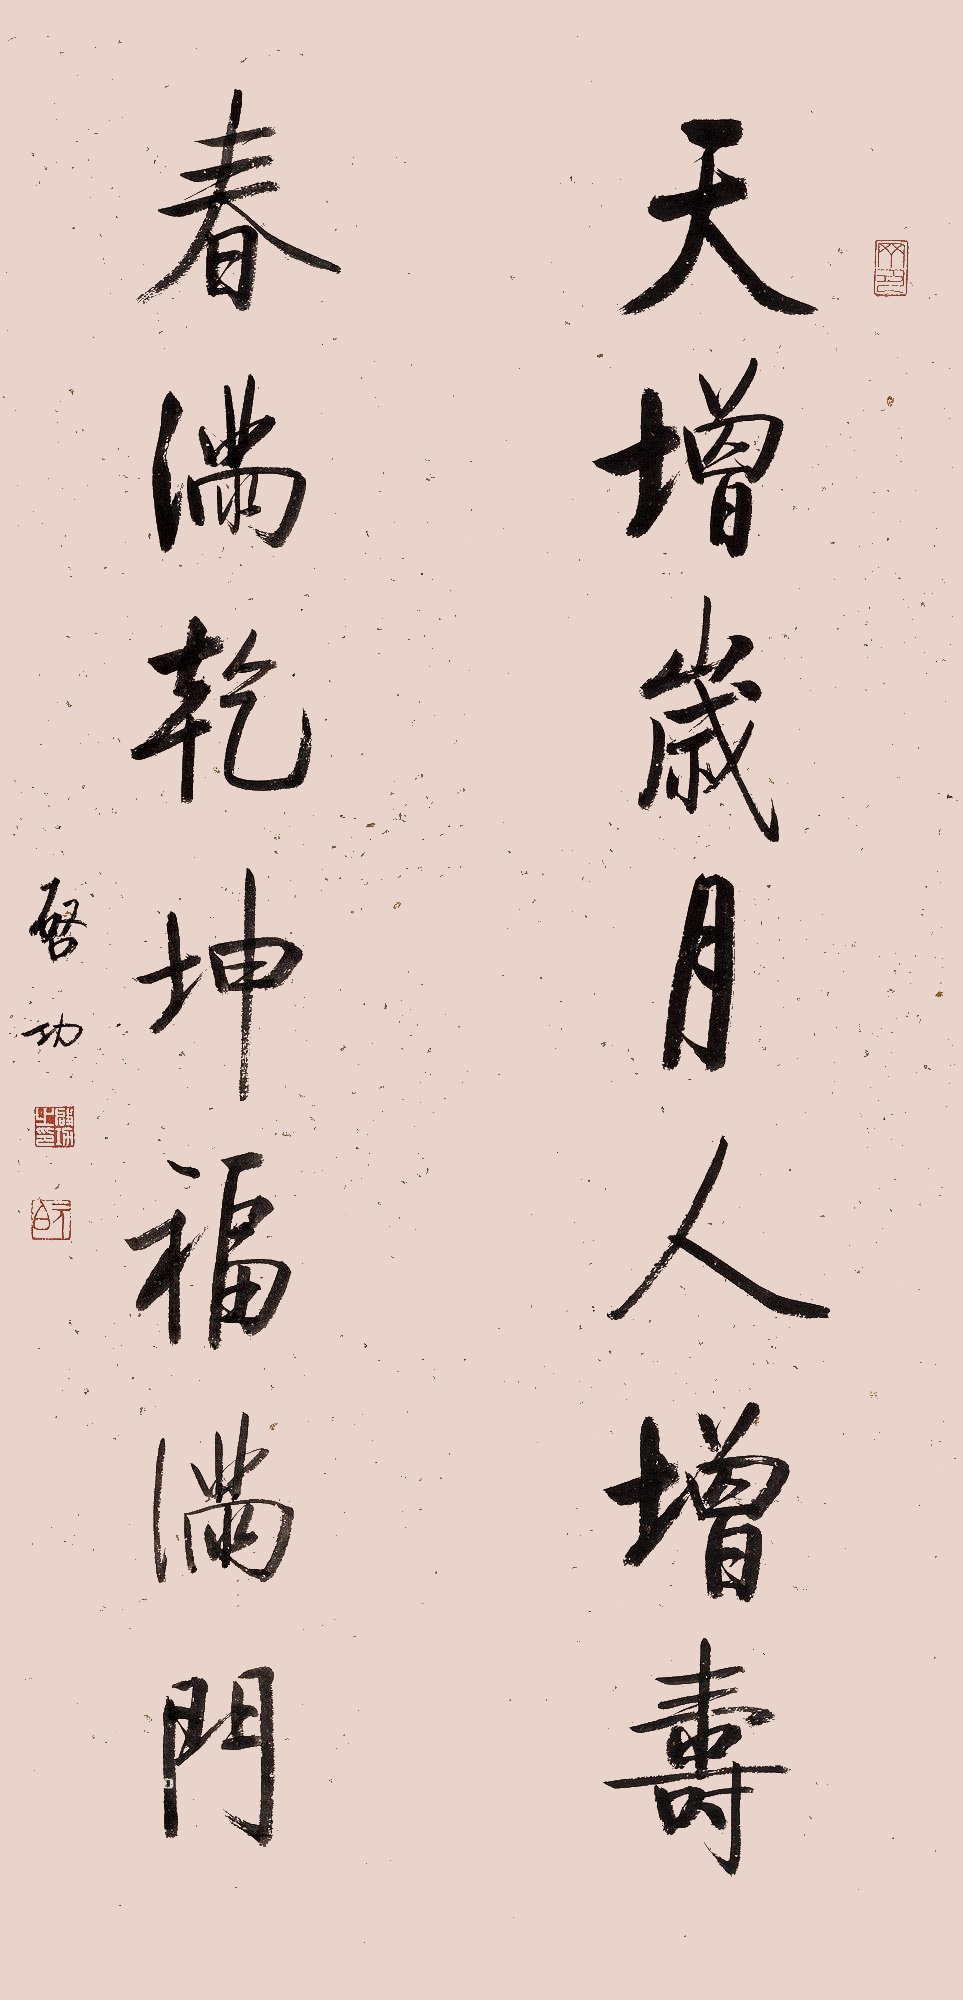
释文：天增岁月人增寿，春满乾坤福满门。启功。